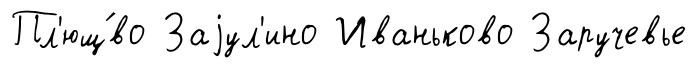
Пл'ющ́во Заjул'ино Иваньково Заручевье